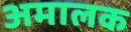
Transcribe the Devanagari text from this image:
अमालक